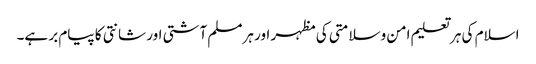
اسلام کی ہر تعلیم امن وسلامتی کی مظہر اور ہرمسلم آشتی اور شانتی کا پیام بر ہے۔